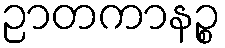
ဉာတကာနဉ္စ